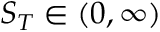
S _ { T } \in ( 0 , \infty )